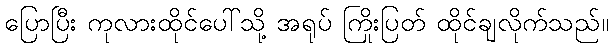
ပြောပြီး ကုလားထိုင်ပေါ်သို့ အရုပ် ကြိုးပြတ် ထိုင်ချလိုက်သည်။